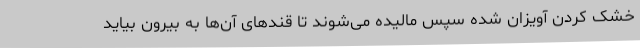
خشک کردن آویزان شده سپس مالیده می‌شوند تا قندهای آن‌ها به بیرون بیاید